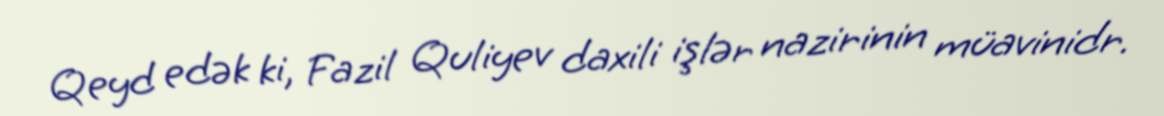
Qeyd edək ki, Fazil Quliyev daxili işlər nazirinin müavinidr.